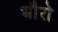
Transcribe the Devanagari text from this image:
धौरो